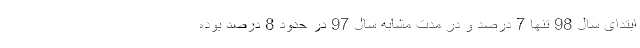
ابتدای سال 98 تنها 7 درصد و در مدت مشابه سال 97 در حدود 8 درصد بوده